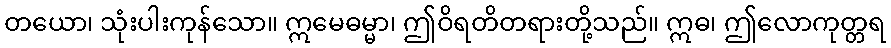
တယော၊ သုံးပါးကုန်သော။ ဣမေဓမ္မာ၊ ဤဝိရတိတရားတို့သည်။ ဣဓ၊ ဤလောကုတ္တရ